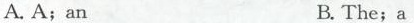
A.A；an B.The；a